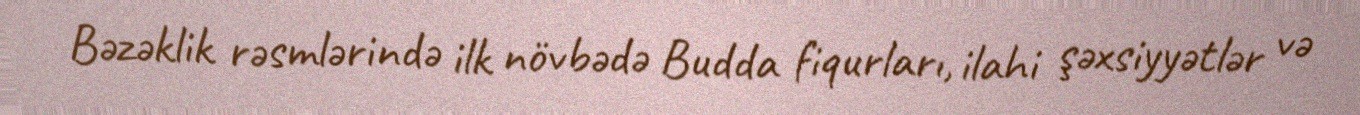
Bəzəklik rəsmlərində ilk növbədə Budda fiqurları, ilahi şəxsiyyətlər və